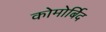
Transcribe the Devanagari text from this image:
कोमोर्बिद